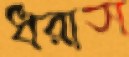
ধরাস